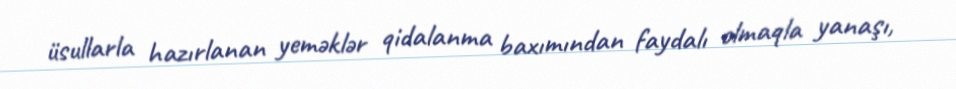
üsullarla hazırlanan yeməklər qidalanma baxımından faydalı olmaqla yanaşı,